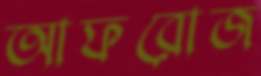
আফরোজ